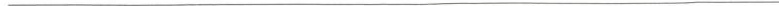
___